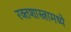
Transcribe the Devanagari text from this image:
रक्तशास्त्रामध्ये